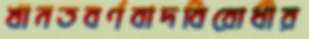
খানতবর্ণবাদবিরোধীর